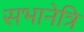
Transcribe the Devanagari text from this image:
सभानेत्रि